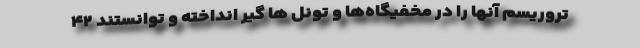
تروریسم آنها را در مخفیگاه‌ها و تونل ها گیر انداخته و توانستند ۴۲